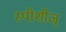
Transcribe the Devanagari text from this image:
स्पीशीज्